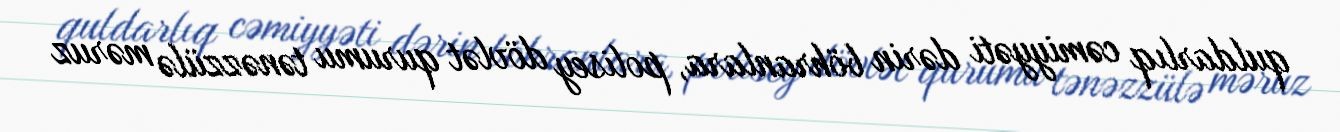
quldarlıq cəmiyyəti dərin böhranlara, polisey dövlət qurumu tənəzzülə məruz